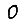
Digit: 0